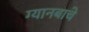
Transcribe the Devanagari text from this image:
ग्यानबाचे